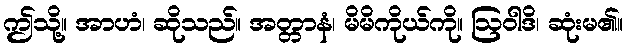
ဤသို့။ အာဟံ၊ ဆိုသည်။ အတ္တာနံ၊ မိမိကိုယ်ကို။ ဩဝါဒိ၊ ဆုံးမ၏။